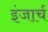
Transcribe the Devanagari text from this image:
इंजार्च